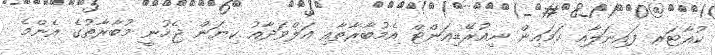
ކުއާޓަރ ފައިނަލާއި ހަމައިން ނިއުރޭޑިއަންޓް އެމުބާރާތާއި އަލްވަދާއު ކިޔަން ޖެހުނީ މުބާރާތުގެ އެންމެ